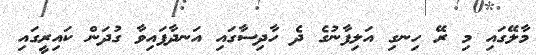
މާލޭގައި މި ރޭ ހިނގި އަލިފާނުގެ ދެ ހާދިސާގައި އަނދާފައިވާ ގުދަން ކައިރީގައި